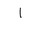
Letter: _alif